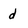
Character: d